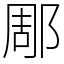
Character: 郮